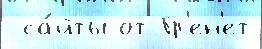
 са́йты от Гр'ен'ет